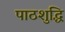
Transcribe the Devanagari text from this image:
पाठशुद्धि